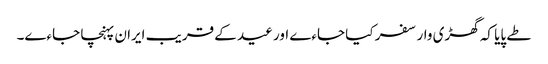
طے پایا کہ گھڑی وار سفر کیا جاءے اور عید کے قریب ایران پہنچا جاءے۔